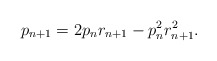
\begin{align*}p_{n+1}=2p_nr_{n+1}-p_n^2r_{n+1}^2.\end{align*}